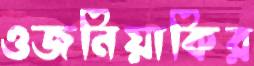
ওজনিয়াকির